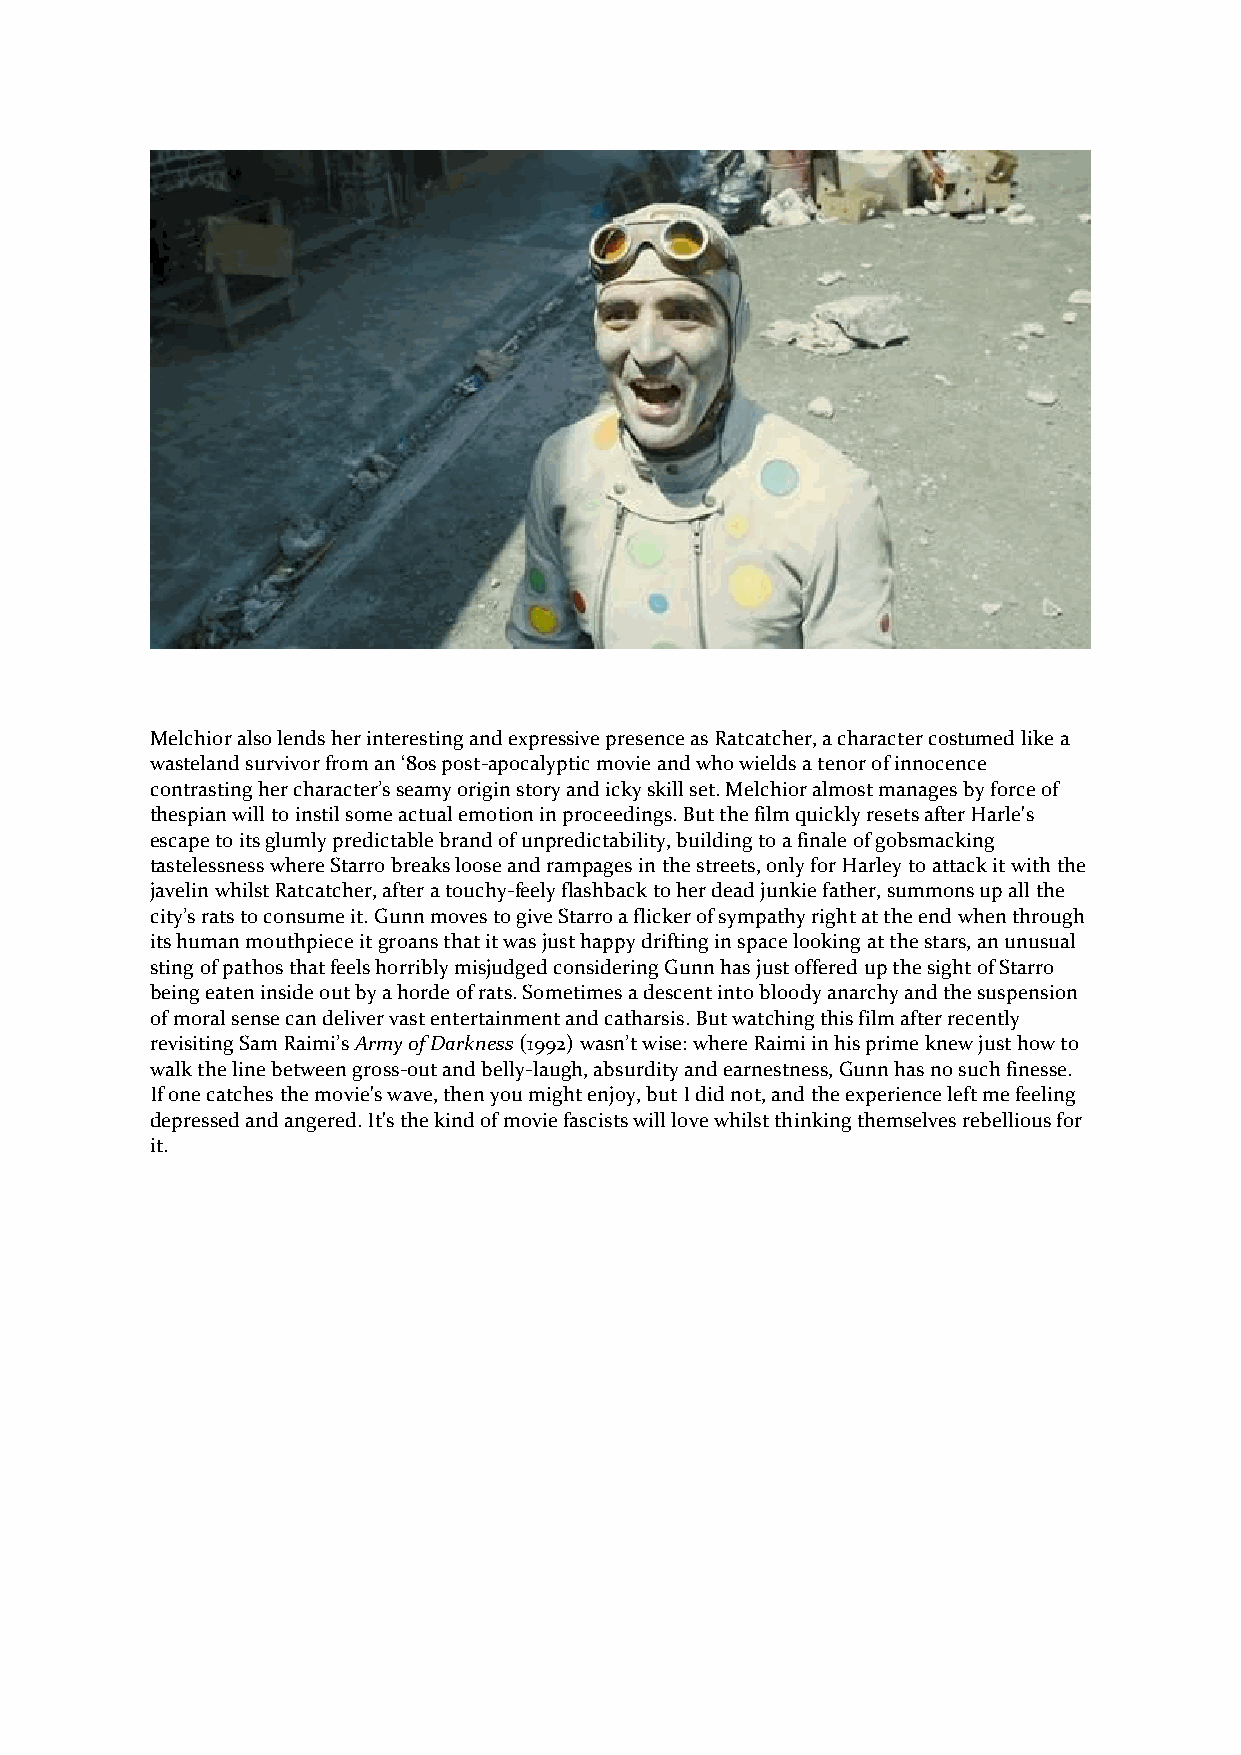
Melchior also lends her interesting and expressive presence as Ratcatcher, a character costumed like a
 wasteland survivor from an ‘80s post-apocalyptic movie and who wields a tenor of innocence
 contrasting her character’s seamy origin story and icky skill set. Melchior almost manages by force of
 thespian will to instil some actual emotion in proceedings. But the film quickly resets after Harle's
 escape to its glumly predictable brand of unpredictability, building to a finale of gobsmacking
 tastelessness where Starro breaks loose and rampages in the streets, only for Harley to attack it with the
 javelin whilst Ratcatcher, after a touchy-feely flashback to her dead junkie father, summons up all the
 city’s rats to consume it. Gunn moves to give Starro a flicker of sympathy right at the end when through
 its human mouthpiece it groans that it was just happy drifting in space looking at the stars, an unusual
 sting of pathos that feels horribly misjudged considering Gunn has just offered up the sight of Starro
 being eaten inside out by a horde of rats. Sometimes a descent into bloody anarchy and the suspension
 of moral sense can deliver vast entertainment and catharsis. But watching this film after recently
 revisiting Sam Raimi’s Army of Darkness (1992) wasn’t wise: where Raimi in his prime knew just how to
 walk the line between gross-out and belly-laugh, absurdity and earnestness, Gunn has no such finesse.
 If one catches the movie's wave, then you might enjoy, but I did not, and the experience left me feeling
 depressed and angered. It's the kind of movie fascists will love whilst thinking themselves rebellious for
 it.